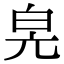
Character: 𤽕